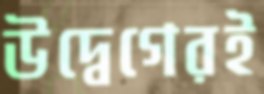
উদ্বেগেরই